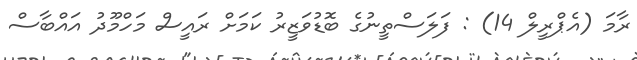
ރާމަ (އެޕްރީލް 14) : ފަލަސްތީނުގެ ބޮޑުވަޒީރު ކަމަށް ރައީސް މަހްމޫދު އައްބާސް